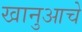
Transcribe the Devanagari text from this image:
खानुआचे